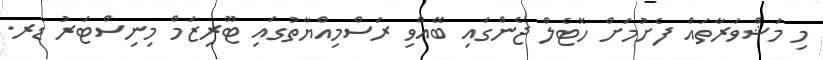
މި މަޝްވަރާތައް ފެށުމަށް ހޮޓެލް ޖެންގައި ބޭއްވި ރަސްމިއްޔާތުގައި ޓޫރިޒަމް މިނިސްޓަރު ޑރ.